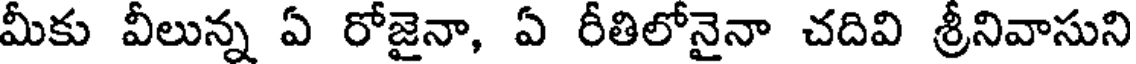
మీకు వీలున్న ఏ రోజైనా, ఏ రీతిలోనైనా చదివి శ్రీనివాసుని